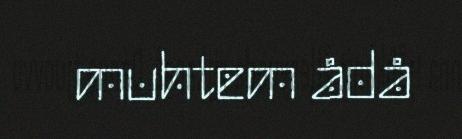
muhtem ådå